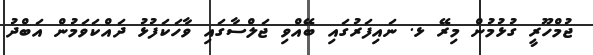
ޖުމްހޫރީ ގުޅުމުން މިރޭ ޅ. ނައިފަރުގައި ބޭއްވި ޖަލްސާގައި ވާހަކަފުޅު ދައްކަވަމުން އަބްދު